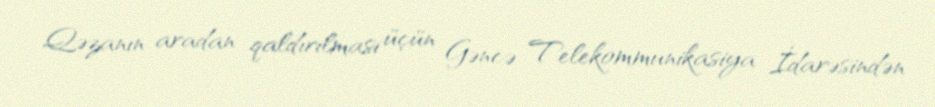
Qəzanın aradan qaldırılması üçün Gəncə Telekommunikasiya İdarəsindən